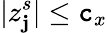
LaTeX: |z_{\mathbf{j}}^{s}|\le\mathtt{c}_{x}